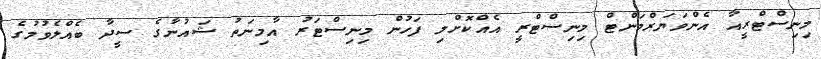
މިނިސްޓްރީއާ އެންވަޔަރްމަންޓް މިނިސްޓްރީ އެއްކޮށްލި ފަހުން މިނިސްޓަރު އާމިނަތު ޝައުނާގެ ސީދާ ބެއްލެވުމުގެ